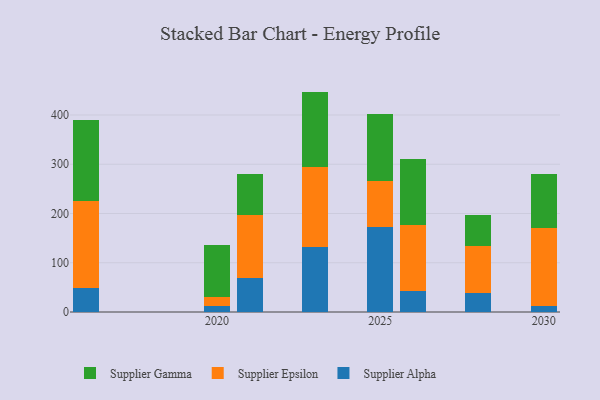
{"axis": {"x": "Year", "y": "Conversion Rate (%)"}, "legend": ["Supplier Alpha", "Supplier Epsilon", "Supplier Gamma"], "data": [{"x": "2026", "y": 41.7, "type": "Supplier Alpha"}, {"x": "2026", "y": 135.6, "type": "Supplier Epsilon"}, {"x": "2026", "y": 132.8, "type": "Supplier Gamma"}, {"x": "2023", "y": 131.9, "type": "Supplier Alpha"}, {"x": "2023", "y": 163.4, "type": "Supplier Epsilon"}, {"x": "2023", "y": 152.2, "type": "Supplier Gamma"}, {"x": "2021", "y": 68.8, "type": "Supplier Alpha"}, {"x": "2021", "y": 128.0, "type": "Supplier Epsilon"}, {"x": "2021", "y": 83.7, "type": "Supplier Gamma"}, {"x": "2020", "y": 11.4, "type": "Supplier Alpha"}, {"x": "2020", "y": 18.3, "type": "Supplier Epsilon"}, {"x": "2020", "y": 106.3, "type": "Supplier Gamma"}, {"x": "2025", "y": 171.7, "type": "Supplier Alpha"}, {"x": "2025", "y": 94.0, "type": "Supplier Epsilon"}, {"x": "2025", "y": 136.7, "type": "Supplier Gamma"}, {"x": "2016", "y": 49.0, "type": "Supplier Alpha"}, {"x": "2016", "y": 176.2, "type": "Supplier Epsilon"}, {"x": "2016", "y": 165.4, "type": "Supplier Gamma"}, {"x": "2028", "y": 38.3, "type": "Supplier Alpha"}, {"x": "2028", "y": 96.7, "type": "Supplier Epsilon"}, {"x": "2028", "y": 61.4, "type": "Supplier Gamma"}, {"x": "2030", "y": 12.0, "type": "Supplier Alpha"}, {"x": "2030", "y": 158.4, "type": "Supplier Epsilon"}, {"x": "2030", "y": 110.5, "type": "Supplier Gamma"}]}